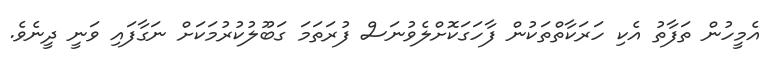
އެމީހުން ތަފާތު އެކި ހަރަކާތްތަކުން ފާހަގަކޮށްލެވުނަސް ފުރަތަމަ ގަބޫލުކުރުމަކަށް ނަގާފައި ވަނީ ދީނެވެ.